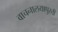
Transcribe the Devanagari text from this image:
वाचनालयापुरती